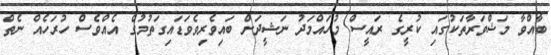
ބާއްވާ މަޝްވަރާތަކުގައި ކުރީގެ ރައީސް މުހައްމަދު ނަޝީދަށް ބައިވެރިވެވަޑައިގަތުމުގެ އެއްވެސް ހުރަހެއް ނެތް